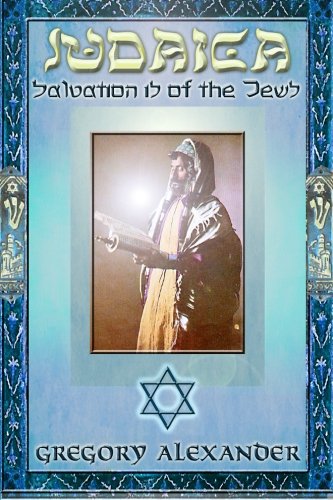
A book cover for Judaica: Salvation is of the Jews; Gregory Alexander; Religion & Spirituality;